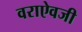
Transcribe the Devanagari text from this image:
वराऐवजी